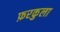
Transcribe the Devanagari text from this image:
फ़रकुला